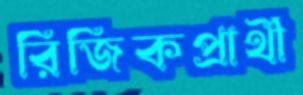
রিজিকপ্রার্থী